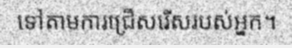
ទៅតាមការជ្រើសរើសរបស់អ្នក។